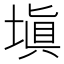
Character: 塡